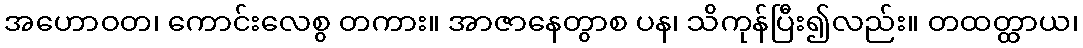
အဟောဝတ၊ ကောင်းလေစွ တကား။ အာဇာနေတွာစ ပန၊ သိကုန်ပြီး၍လည်း။ တထတ္ထာယ၊